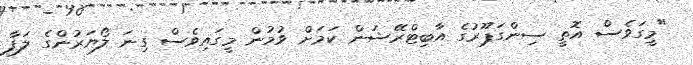
"މީގަވެސް އޮތީ ސިންގަޕޫރުގެ އާބިޓްރޭޝަން ކަމަށް ވުމުން މީގައިވެސް ގިނަ ލޯޔަރުންގެ ލަފާ